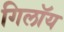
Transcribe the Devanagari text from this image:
गिलॉय